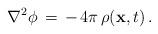
LaTeX: \begin{align*}\nabla^{2} \phi\, =\, -\, 4 \pi\, \rho ({\bf x}, t)\, .\end{align*}